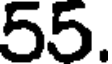
55.